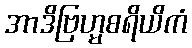
အာဒိဗြဟ္မစရိယိကံ